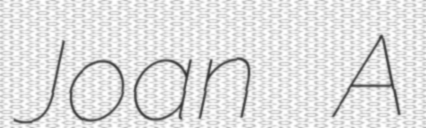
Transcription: Joan A